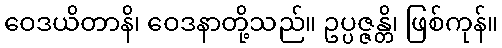
ဝေဒယိတာနိ၊ ဝေဒနာတို့သည်။ ဥပ္ပဇ္ဇန္တိ၊ ဖြစ်ကုန်။